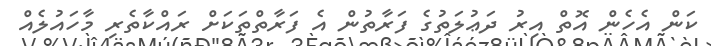
ކަން އެހެން އޮތް އިރު ދަޢުލަތުގެ ފަރާތުން އެ ފަރާތްތަކަށް ރައްކާތެރި މާހައުލެއް